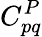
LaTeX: C_{pq}^{P}